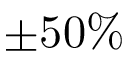
\pm 5 0 \%